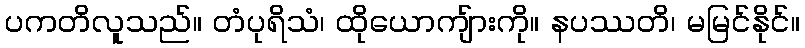
ပကတိလူသည်။ တံပုရိသံ၊ ထိုယောကျ်ားကို။ နပဿတိ၊ မမြင်နိုင်။